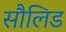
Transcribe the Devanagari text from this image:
सौलिड